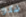
شكرا